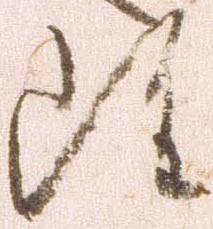
雖